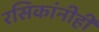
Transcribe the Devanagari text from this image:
रसिकांनीही